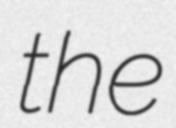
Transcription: the